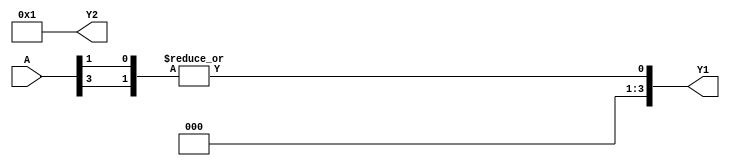
module test(input [3:0] A, output [3:0] Y1, Y2);
    assign Y1 = |{A[3], 1'b0, A[1]};
    assign Y2 = |{A[2], 1'b1, A[0]};
endmodule